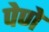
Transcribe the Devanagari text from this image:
पेणे